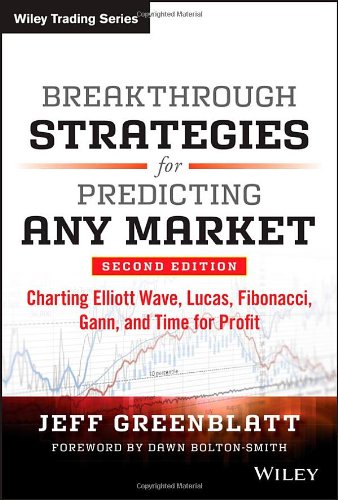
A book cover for Breakthrough Strategies for Predicting Any Market: Charting Elliott Wave, Lucas, Fibonacci, Gann, and Time for Profit; Jeff Greenblatt; Business & Money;